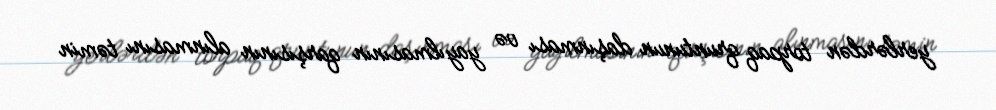
yerlərdən torpaq qruntunun daşınması və yayılmasının qarşısının alınmasını təmin